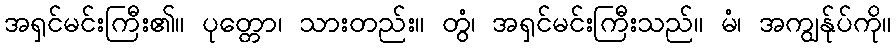
အရှင်မင်းကြီး၏။ ပုတ္တော၊ သားတည်း။ တွံ၊ အရှင်မင်းကြီးသည်။ မံ၊ အကျွန်ုပ်ကို။